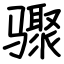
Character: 骤